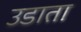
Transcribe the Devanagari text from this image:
उडाता